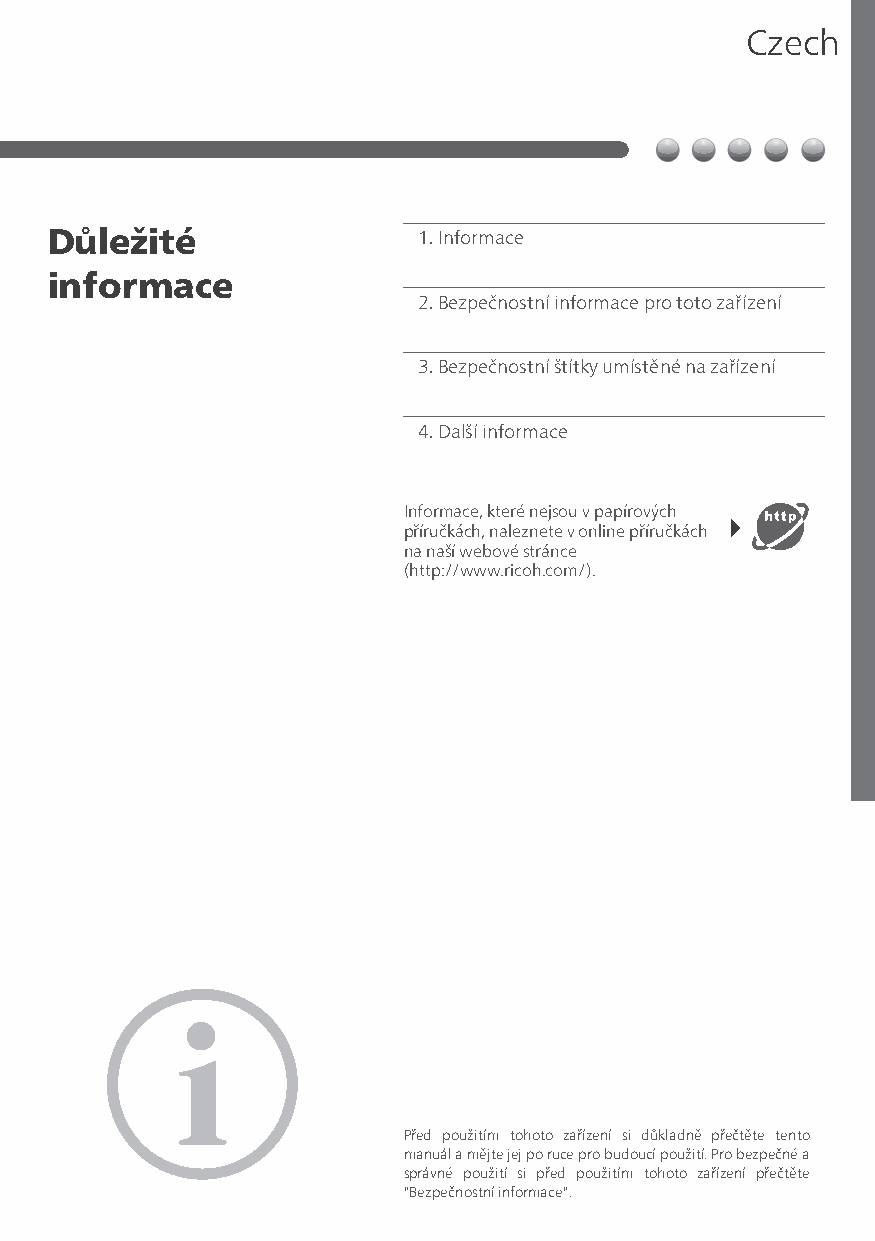
Czech
 Důležité                 1.Informace
 informace
 2.Bezpečnostní informace pro toto zařízení
 3.Bezpečnostní štítky umístěné na zařízení
 4.Další informace
 Informace, které nejsou v papírových
 příručkách, naleznete v online příručkách
 na naší webové stránce
 (http://www.ricoh.com/).
 Před použitím tohoto zařízení si důkladně přečtěte tento
 manuál a mějte jej po ruce pro budoucí použití. Pro bezpečné a
 správné použití si před použitím tohoto zařízení přečtěte
 "Bezpečnostní informace".